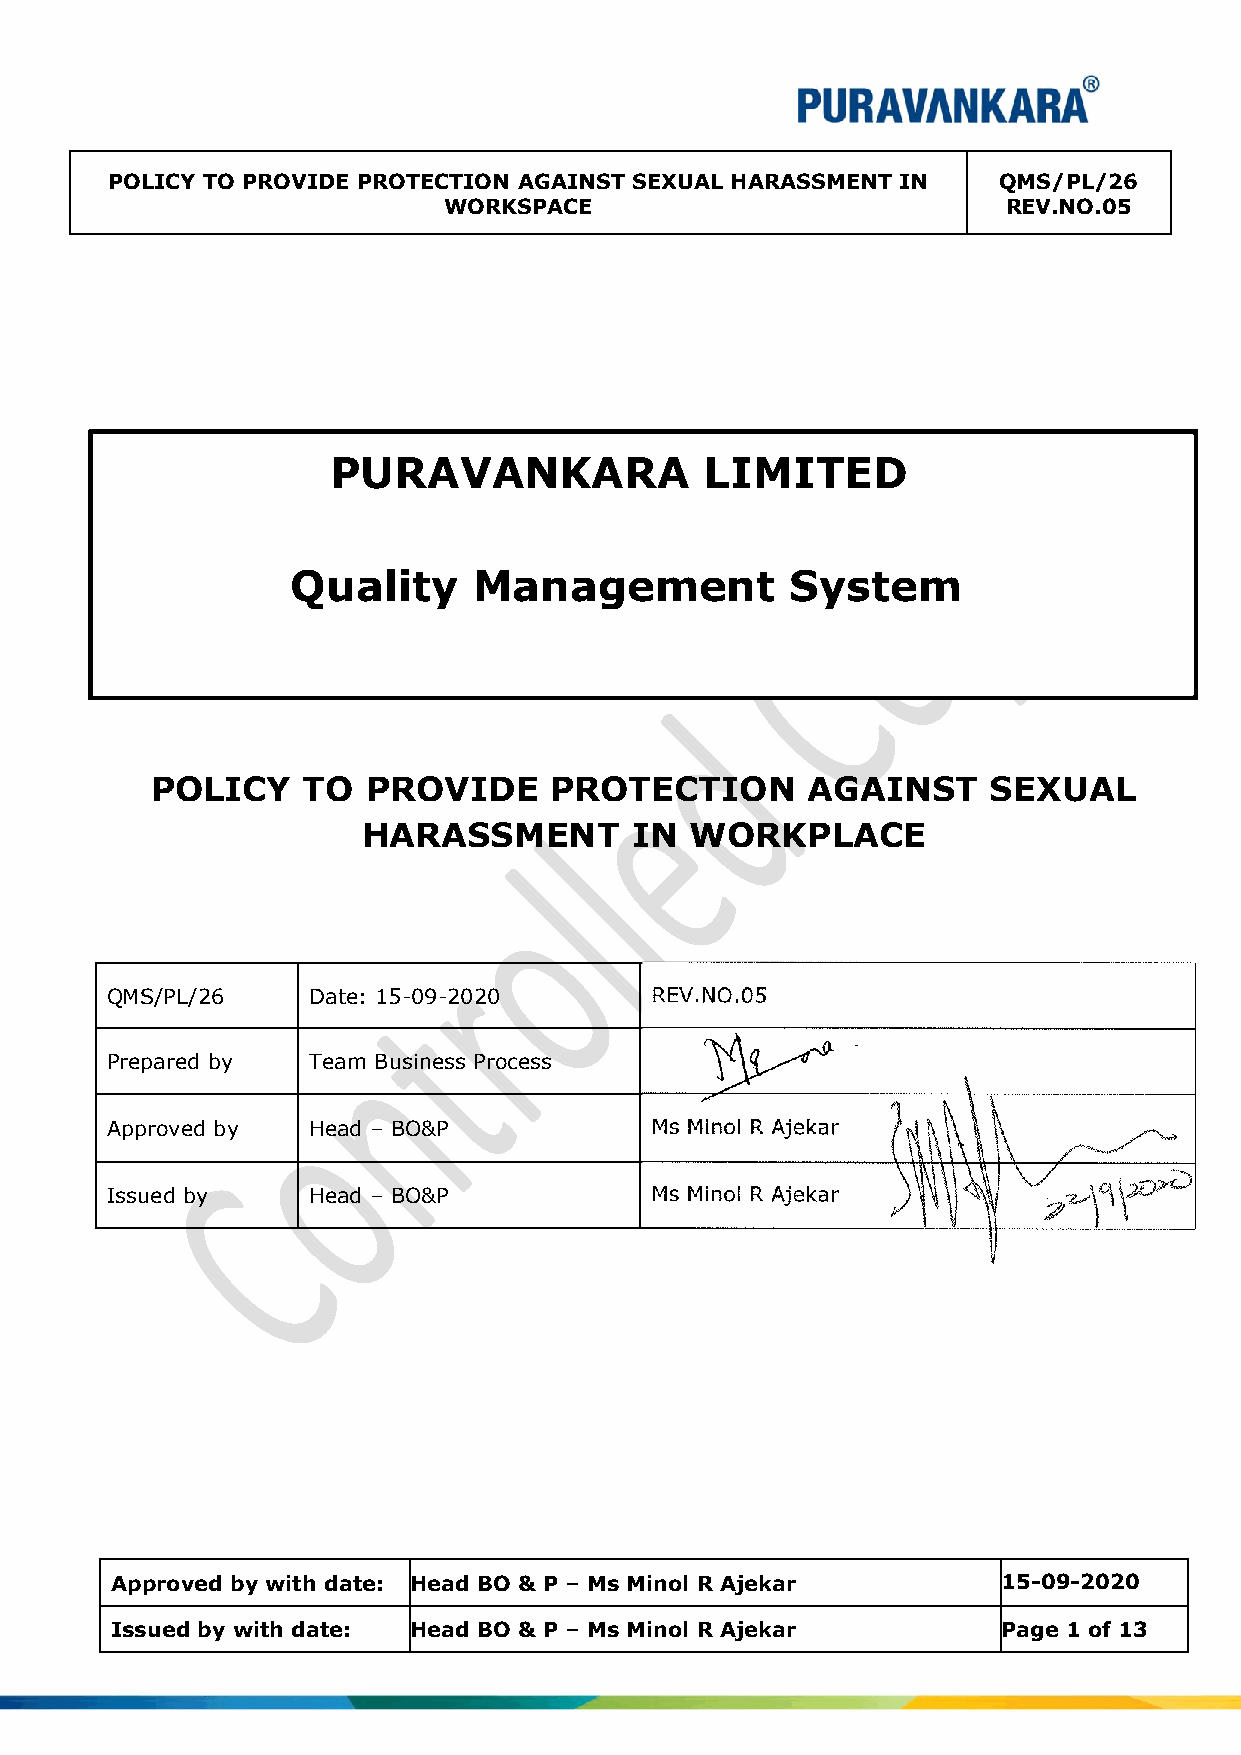
POLICY TO PROVIDE PROTECTION AGAINST SEXUAL HARASSMENT IN  QMS/PL/26
 WORKSPACE                             REV.NO.05
 PURAVANKARA              LIMITED
 Quality     Management           System
 POLICY    TO  PROVIDE     PROTECTION       AGAINST      SEXUAL
 HARASSMENT        IN  WORKPLACE
 QMS/PL/26    Date: 15-09-2020
 Prepared by  Team Business Process
 Approved by  Head – BO&P            Ms Minol R Ajekar
 Issued by    Head – BO&P            Ms Minol R Ajekar
 Approved by with date: Head BO & P – Ms Minol R Ajekar     15-09-2020
 Issued by with date: Head BO & P – Ms Minol R Ajekar       Page 1 of 13